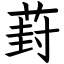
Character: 葑